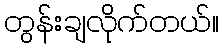
တွန်းချလိုက်တယ်။